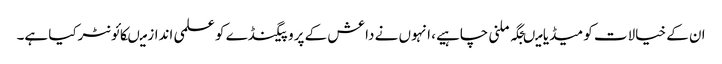
ان کے خیالات کو میڈیا میںجگہ ملنی چاہیے، انہوں نے داعش کے پروپیگنڈے کو علمی انداز میںکائونٹرکیا ہے۔